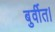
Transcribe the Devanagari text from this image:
बुर्वीत।